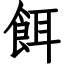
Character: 餌